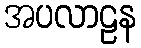
အပလာဠန